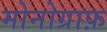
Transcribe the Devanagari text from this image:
मोनोग्राफ़